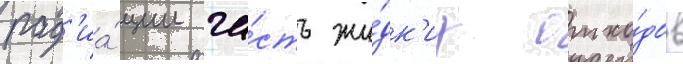
рад'иа́ции ча́сть жи́дк'их отхо́дов